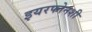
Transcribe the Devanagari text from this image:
इयरफोनशी